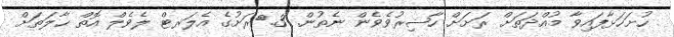
ހުށަހަޅާފައިވާ މުއްދަތަށް ރަށަށް ހާޟިރުވެވެން ނެތުން. 3.	ރަށުގެ އެލަރޓް ލެވެލް އޮތް ޙާލަތަށް